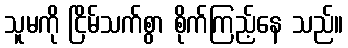
သူမကို ငြိမ်သက်စွာ စိုက်ကြည့်နေ သည်။